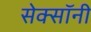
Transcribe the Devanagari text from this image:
सेक्सॉनी